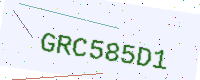
Text: GRC585D1